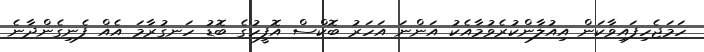
ހަމަޖެހިފައިވާކަން އިއުލާންކުރެވުމާއެކު އަންނަ އަހަރު ބޮކްސް އޮފީހުގެ ބޮޑު ހަނގުރާމަ އެއް ފެނިގެންދާނެ